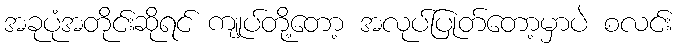
အခုပုံအတိုင်းဆိုရင် ကျုပ်တို့တော့ အလုပ်ပြုတ်တော့မှာပဲ စလင်း